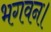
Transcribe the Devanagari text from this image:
भगवन।